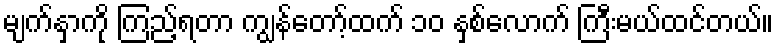
မျက်နှာကို ကြည့်ရတာ ကျွန်တော့်ထက် ၁၀ နှစ်လောက် ကြီးမယ်ထင်တယ်။